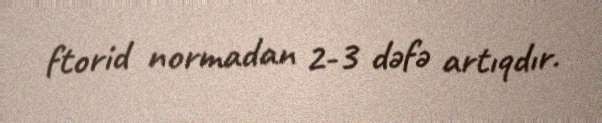
ftorid normadan 2-3 dəfə artıqdır.